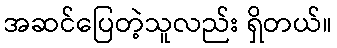
အဆင်ပြေတဲ့သူလည်း ရှိတယ်။